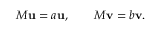
M \mathbf { u } = a \mathbf { u } , \qquad M \mathbf { v } = b \mathbf { v } .